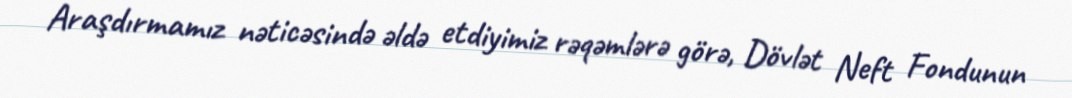
Araşdırmamız nəticəsində əldə etdiyimiz rəqəmlərə görə, Dövlət Neft Fondunun